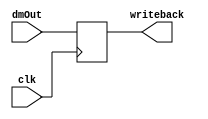
module dr (clk, dmOut, writeback);
    input clk;
    input [31:0] dmOut;
    output reg [31:0] writeback;

    always @(posedge clk) begin
        writeback <= dmOut;
    end
endmodule